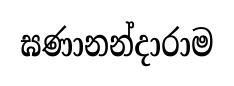
ඝණානන්දාරාම